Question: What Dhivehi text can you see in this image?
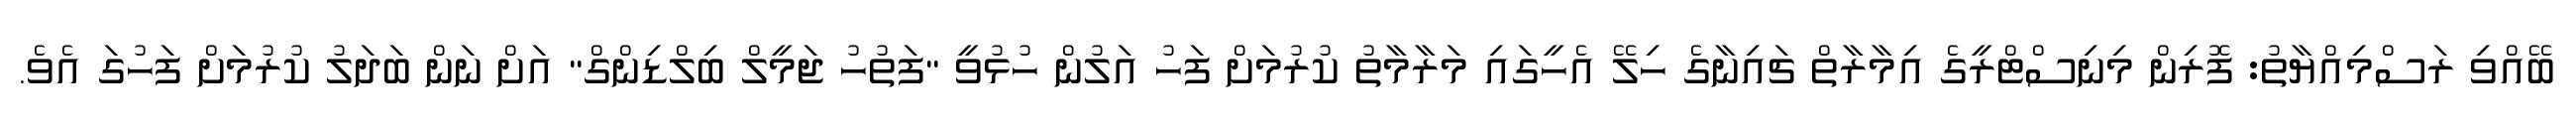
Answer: ބޭއްވި ރަސްމިއްޔާތު: ފޮރިން މިނިސްޓްރީގެ އިމާރާތް ޗައިނާގެ ހިލޭ އެހީގައި މަރާމާތު ކުރުމަށް ފަހު އަލުން ހުޅުވީ "ފަތުހު ޖަމީލް ބިލްޑިންގް" އަށް ނަން ބަދަލު ކުރުމަށް ފަހުގަ އެވެ.